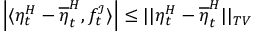
\left| \langle \eta _ { t } ^ { H } - \overline { { \eta } } _ { t } ^ { H } , f _ { t } ^ { \mathcal { I } } \rangle \right| \leq | | \eta _ { t } ^ { H } - \overline { { \eta } } _ { t } ^ { H } | | _ { T V }